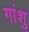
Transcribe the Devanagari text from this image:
गांशु